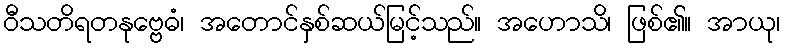
ဝီသတိရတနုဗ္ဗေဓံ၊ အတောင်နှစ်ဆယ်မြင့်သည်။ အဟောသိ၊ ဖြစ်၏။ အာယု၊